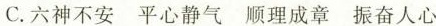
C.六神不安 平心静气 顺理成章 振奋人心